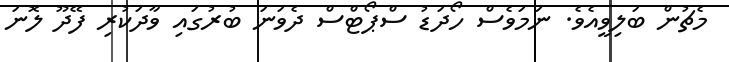
މެޗުން ބަލިވީއެވެ. ނަމަވެސް ހޯދަޑު ސްޕޯޓްސް ދެވަނަ ބުރުގައި ވާދަކުރި ފޭދޫ ލޮނަ